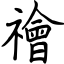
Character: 禬